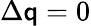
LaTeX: \Delta\mathsf{q}=0